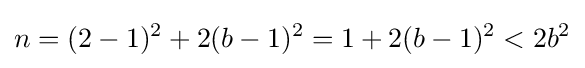
n=(2-1)^{2}+2(b-1)^{2}=1+2(b-1)^{2}<2b^{2}